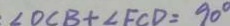
\angle O C B + \angle F C D = 9 0 ^ { \circ }